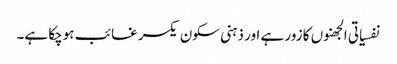
نفسیاتی الجھنوں کا زور ہے اور ذہنی سکون یکسر غائب ہوچکا ہے۔